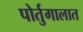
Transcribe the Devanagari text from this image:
पोर्तुगालात